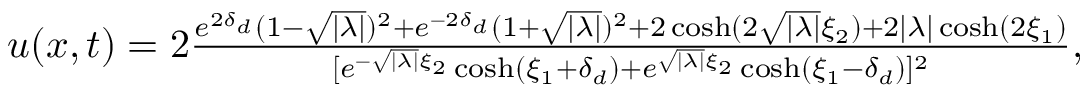
\begin{array} { r } { u ( x , t ) = 2 \frac { e ^ { 2 \delta _ { d } } ( 1 - \sqrt { | \lambda | } ) ^ { 2 } + e ^ { - 2 \delta _ { d } } ( 1 + \sqrt { | \lambda | } ) ^ { 2 } + 2 \cosh ( 2 \sqrt { | \lambda | } \xi _ { 2 } ) + 2 | \lambda | \cosh ( 2 \xi _ { 1 } ) } { [ e ^ { - \sqrt { | \lambda | } \xi _ { 2 } } \cosh ( \xi _ { 1 } + \delta _ { d } ) + e ^ { \sqrt { | \lambda | } \xi _ { 2 } } \cosh ( \xi _ { 1 } - \delta _ { d } ) ] ^ { 2 } } , } \end{array}